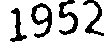
1952